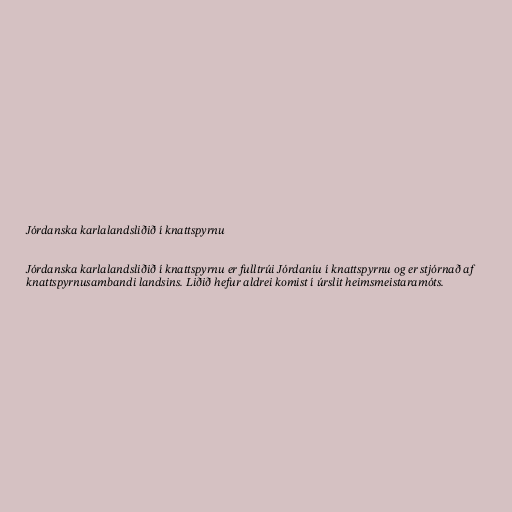
Jórdanska karlalandsliðið í knattspyrnu

Jórdanska karlalandsliðið í knattspyrnu er fulltrúi Jórdaníu í knattspyrnu og er stjórnað af
knattspyrnusambandi landsins. Liðið hefur aldrei komist í úrslit heimsmeistaramóts.